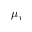
\mu _ { r }